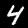
Digit: 4